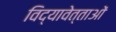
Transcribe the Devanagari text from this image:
विद्यावेत्ताओं